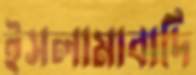
ইসলামাবাদি